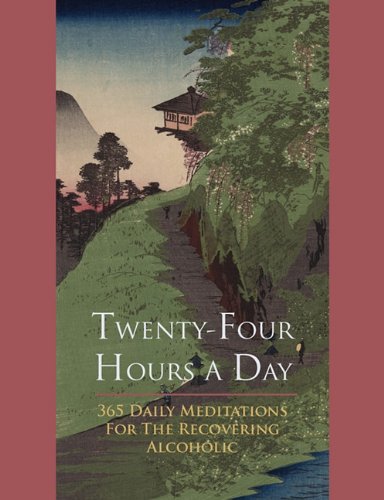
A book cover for Twenty-Four Hours A Day; Anonymous; Health, Fitness & Dieting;